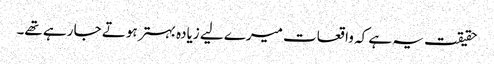
حقیقت یہ ہے کہ واقعات میرے لیے زیادہ بہتر ہوتے جا رہے تھے۔